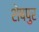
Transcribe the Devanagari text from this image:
शेषपुर